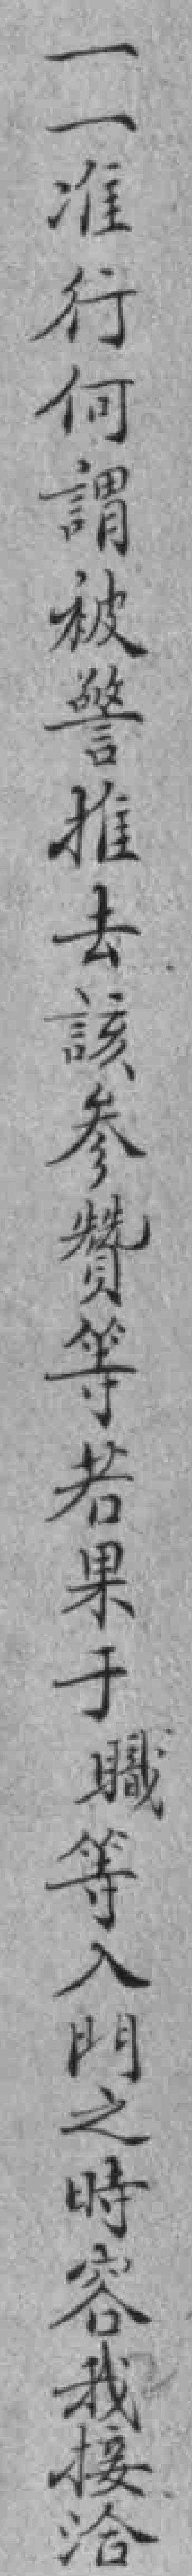
一一准行何謂被警推去該参贊等若果子職等入門之時容我接洽